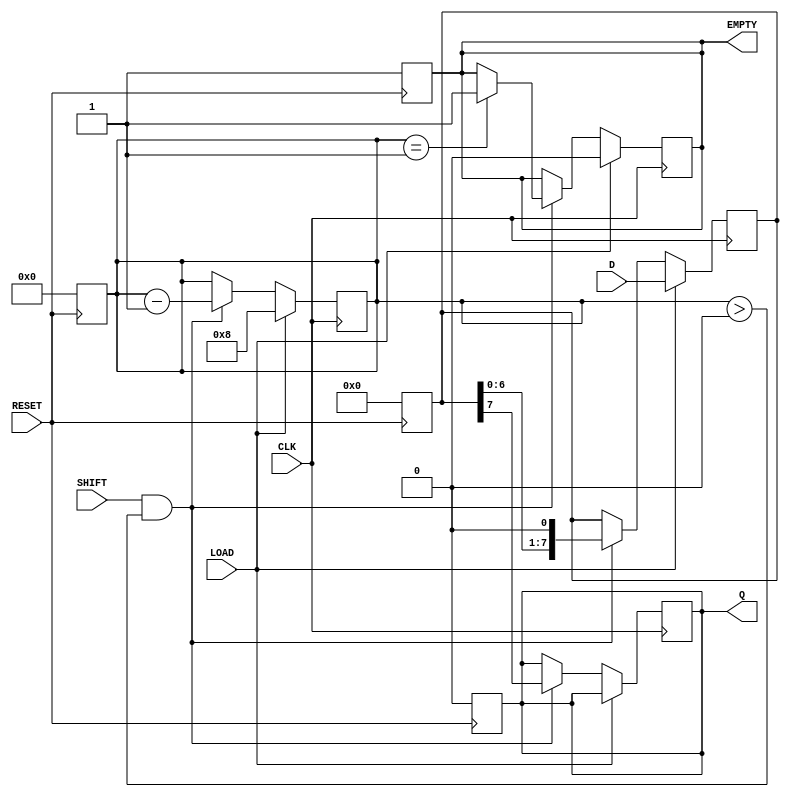
module piso_shift_register #(
    parameter WIDTH = 8 // Define the width of the shift register
)(
    input wire [WIDTH-1:0] D,    // Parallel data input
    input wire LOAD,               // Load control signal
    input wire SHIFT,              // Shift control signal
    input wire CLK,                // Clock signal
    input wire RESET,              // Asynchronous reset signal
    output reg Q,                  // Serial output
    output reg EMPTY               // Empty signal
);

    reg [WIDTH-1:0] shift_reg;     // Internal shift register
    reg [3:0] count;               // Count for the number of bits shifted out

    // Asynchronous reset
    always @(posedge RESET) begin
        shift_reg <= 0;           // Clear the shift register
        Q <= 0;                   // Clear the serial output
        EMPTY <= 1;               // Register is empty after reset
        count <= 0;               // Clear the count
    end

    // Main operation: Load or Shift
    always @(posedge CLK) begin
        if (LOAD) begin
            shift_reg <= D;       // Load data into shift register
            count <= WIDTH;       // Set count to WIDTH since all bits are loaded
            EMPTY <= 0;           // Register is not empty
        end else if (SHIFT && count > 0) begin
            Q <= shift_reg[WIDTH-1]; // Shift out the MSB
            shift_reg <= {shift_reg[WIDTH-2:0], 1'b0}; // Shift left
            count <= count - 1;   // Decrement count
            if (count == 1) begin
                EMPTY <= 1;       // Register is empty after last bit is shifted out
            end
        end
    end

endmodule